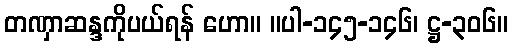
တဏှာဆန္ဒကိုပယ်ရန် ဟော။ ။ပါ-၁၄၅-၁၄၆၊ ဋ္ဌ-၃၀၆။